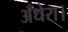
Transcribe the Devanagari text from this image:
अँधेरा।